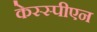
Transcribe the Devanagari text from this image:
केस्स्पीएन